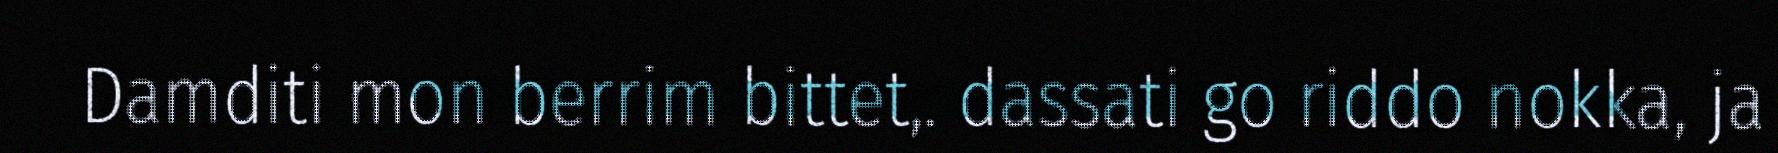
Damditi mon berrim bittet,. dassati go riddo nokka, ja